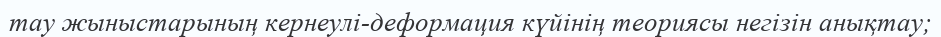
тау жыныстарының кернеулі-деформация күйінің теориясы негізін анықтау;